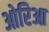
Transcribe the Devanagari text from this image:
ओरिआ